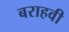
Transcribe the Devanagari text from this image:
बराहवी